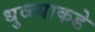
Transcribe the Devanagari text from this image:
धुळ्याकडे